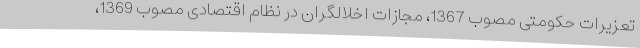
تعزیرات حکومتی مصوب 1367، مجازات اخلالگران در نظام اقتصادی مصوب 1369،